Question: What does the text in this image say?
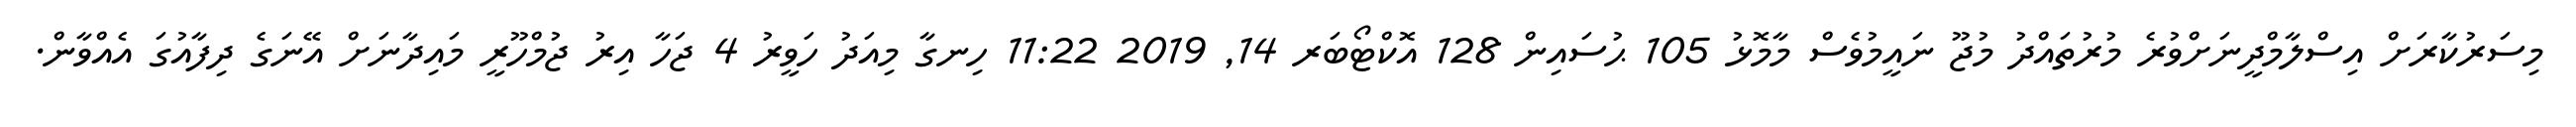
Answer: މިސަރުކާރަށް އިސްލާމްދީނަށްވުރެ މުރުތައްދު މުޖޫ ނައީމުވެސް މާމޮޅު 105 ޙުސައިން 128 އޮކްޓޯބަރ 14, 2019 11:22 ހިނގާ މިއަދު ހަވީރު 4 ޖަހާ އިރު ޖުމްހޫރީ މައިދާނަށް އޭނަގެ ދިފާއުގަ އެއްވާން.